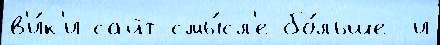
в'и́к'и-сайт смы́сл'е бо́льше -и